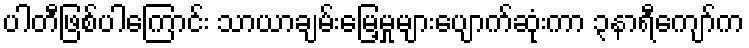
ပါတီဖြစ်ပါကြောင်း သာယာချမ်းမြေ့မှုများပျောက်ဆုံးကာ ၃နာရီကျော်က